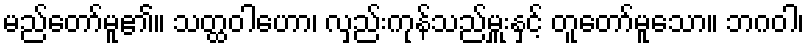
မည်တော်မူ၏။ သတ္ထဝါဟော၊ လှည်းကုန်သည်မှူးနှင့် တူတော်မူသော။ ဘဂဝါ၊